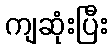
ကျဆုံးပြီး